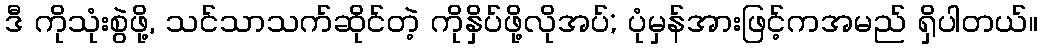
ဒီ ကိုသုံးစွဲဖို့, သင်သာသက်ဆိုင်တဲ့ ကိုနှိပ်ဖို့လိုအပ်; ပုံမှန်အားဖြင့်ကအမည် ရှိပါတယ်။